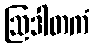
ဩဒါတကံ